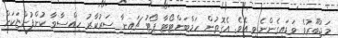
މަޖުބޫރުވެ ވަޑައިގެންނެވި އެވެ. އެގޮތުން ހަމްބަންޓޯޓާ ޕޯޓު ޗައިނާ ސަރުކާރު ހިއްސާވާ ކުންފުންޏަކަށް